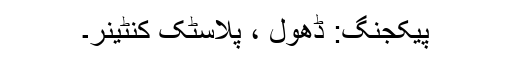
پیکجنگ: ڈھول ، پلاسٹک کنٹینر۔